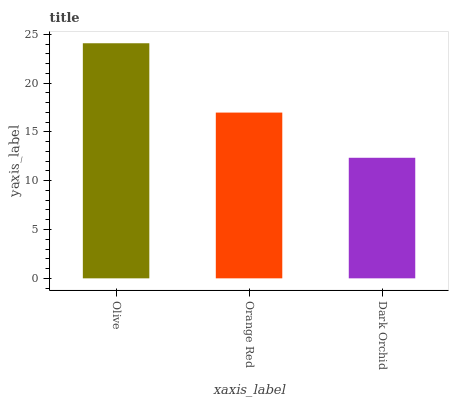
| xaxis_label | bars |
 | --- | --- |
 | Olive | 24.1 |
 | Orange Red | 17 |
 | Dark Orchid | 12.3 |